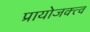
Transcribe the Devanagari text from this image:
प्रायोजक्त्व